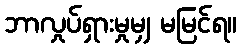
ဘာလှုပ်ရှားမှုမျှ မမြင်ရ။